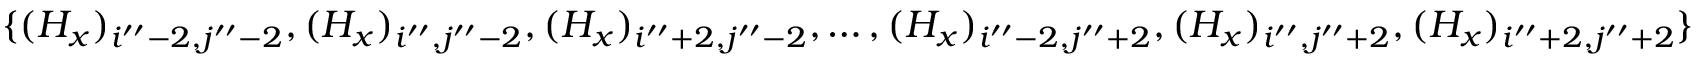
\{ ( H _ { x } ) _ { i ^ { \prime \prime } - 2 , j ^ { \prime \prime } - 2 } , ( H _ { x } ) _ { i ^ { \prime \prime } , j ^ { \prime \prime } - 2 } , ( H _ { x } ) _ { i ^ { \prime \prime } + 2 , j ^ { \prime \prime } - 2 } , \ldots , ( H _ { x } ) _ { i ^ { \prime \prime } - 2 , j ^ { \prime \prime } + 2 } , ( H _ { x } ) _ { i ^ { \prime \prime } , j ^ { \prime \prime } + 2 } , ( H _ { x } ) _ { i ^ { \prime \prime } + 2 , j ^ { \prime \prime } + 2 } \}